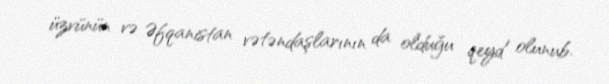
üzvünün və Əfqanistan vətəndaşlarının da olduğu qeyd olunub.